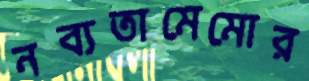
নব্যতামেমোর